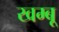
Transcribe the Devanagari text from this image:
खम्बू